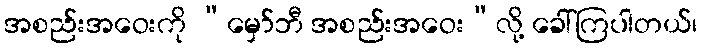
အစည်းအဝေးကို “မှော်ဘီ အစည်းအဝေး”လို့ ခေါ်ကြပါတယ်၊